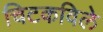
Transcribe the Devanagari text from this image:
चिटकविले